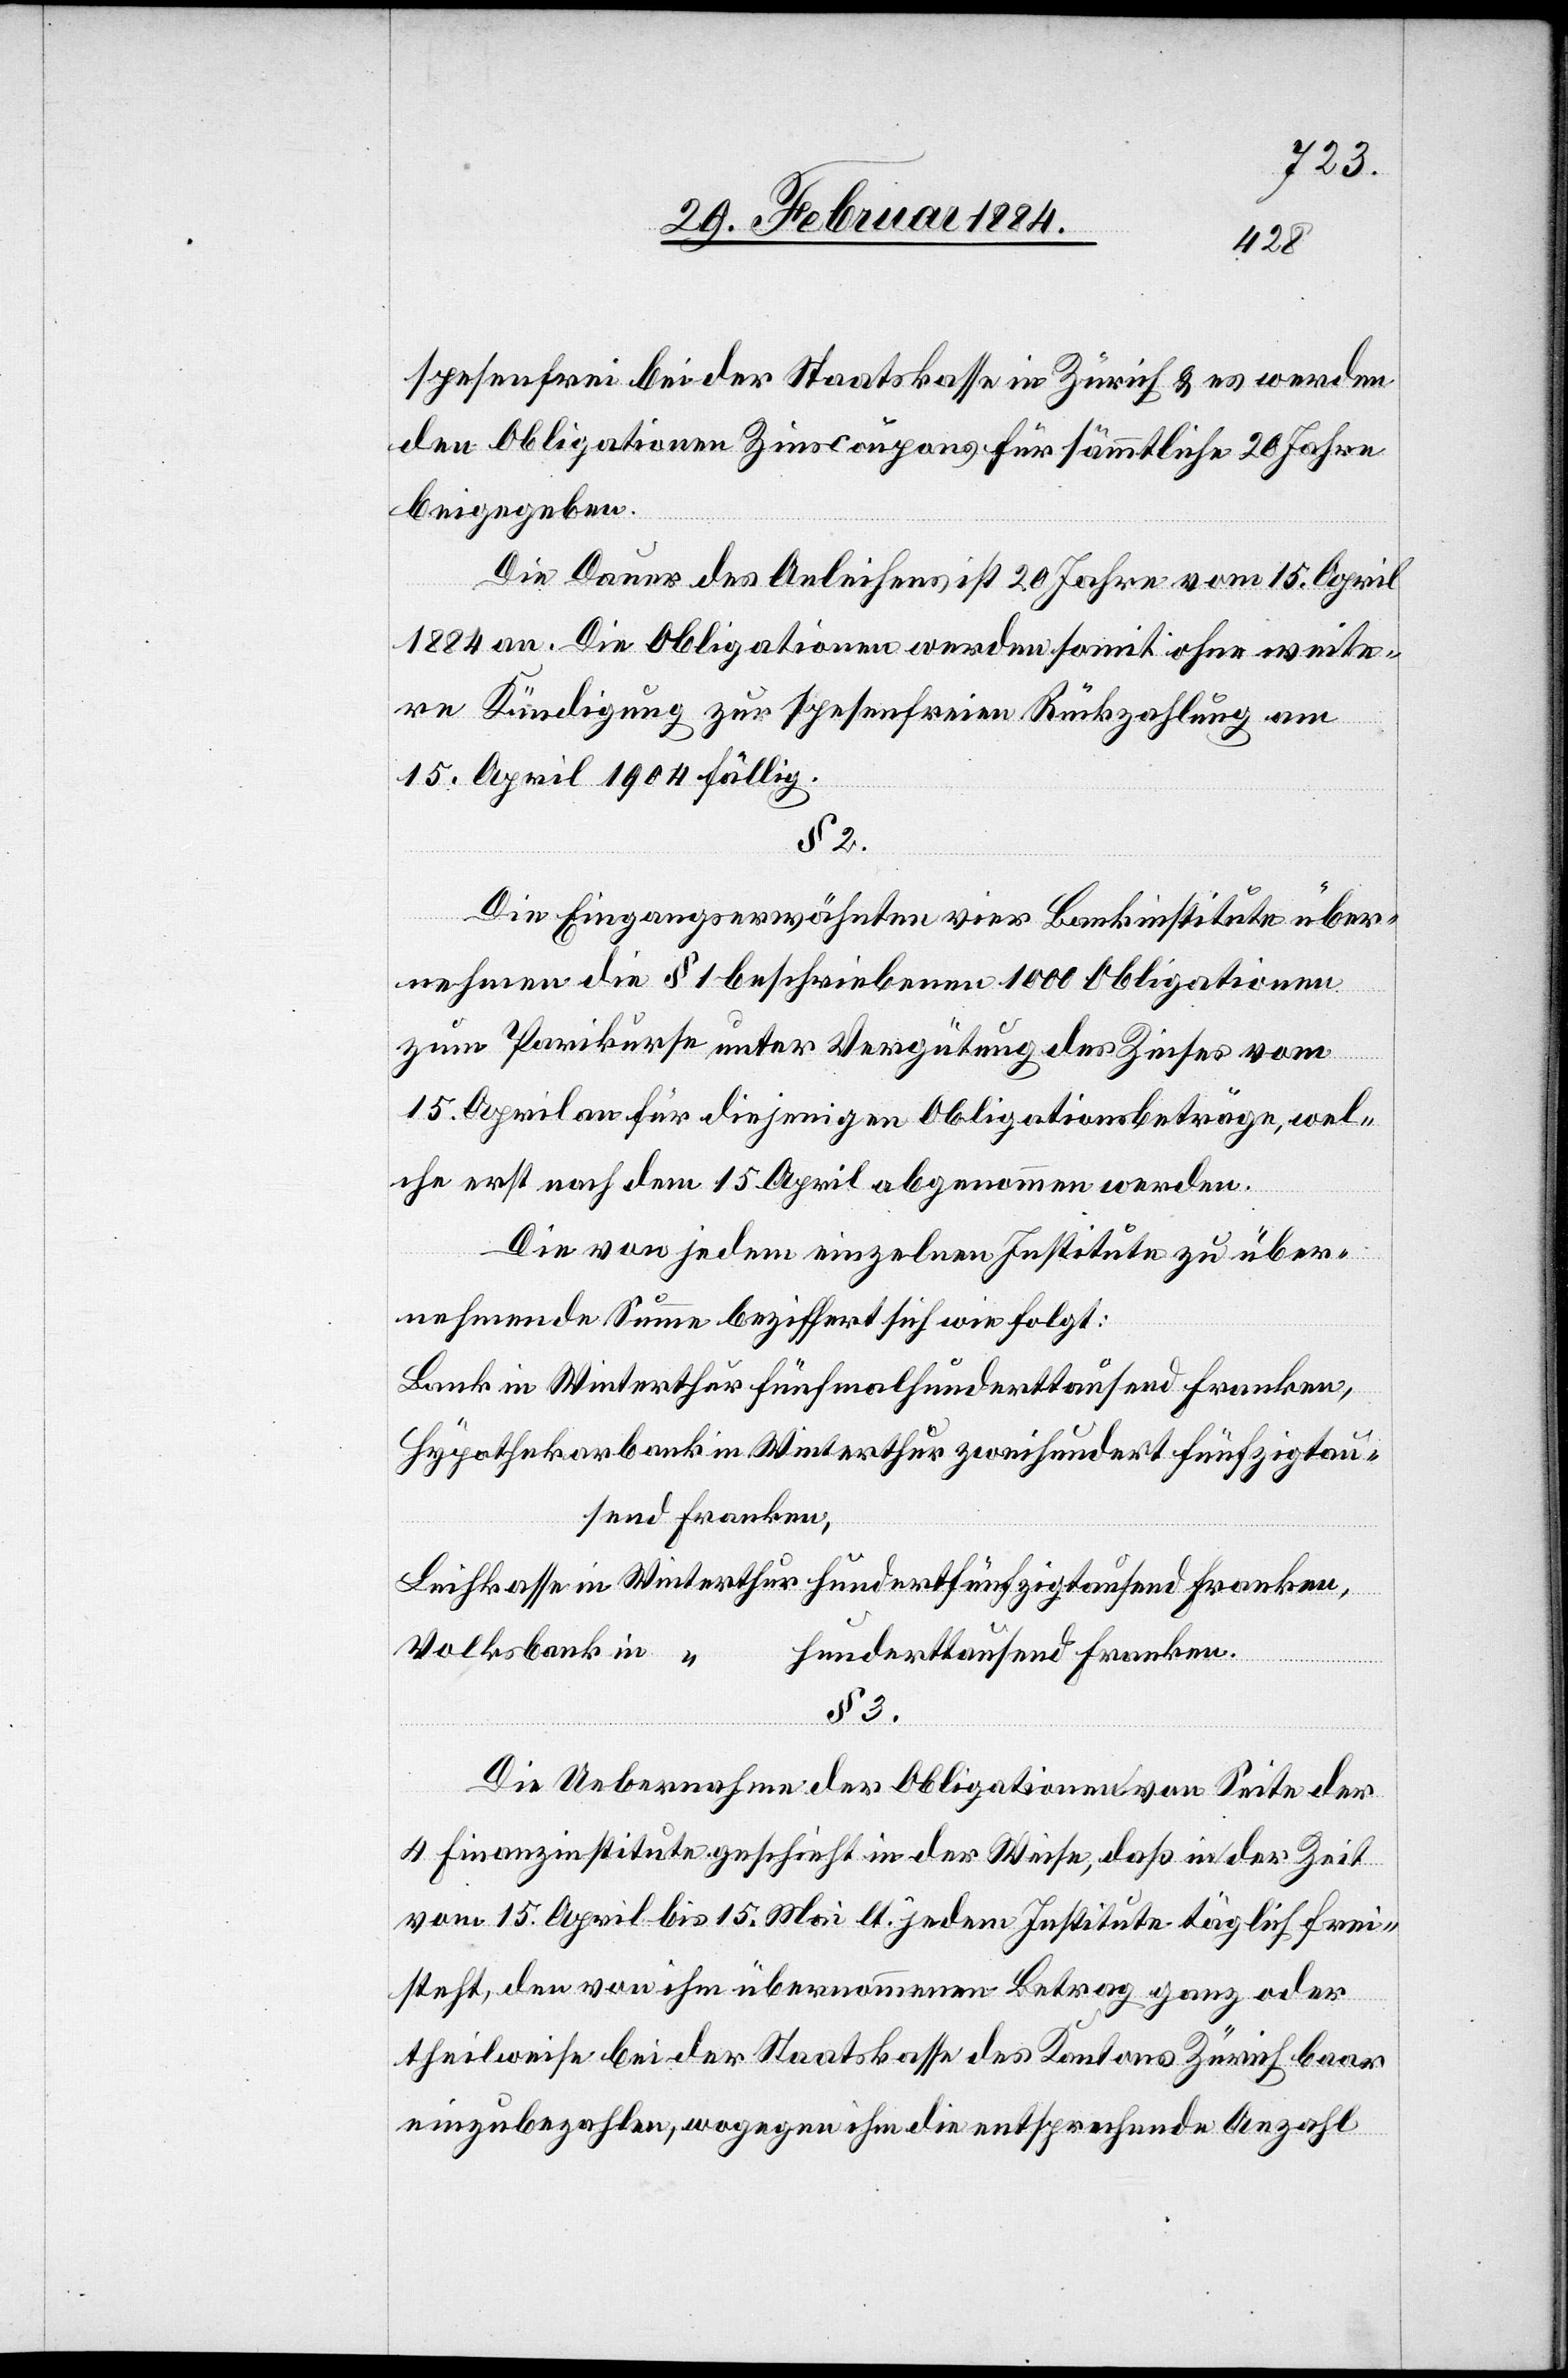
spesenfrei bei der Staatskasse in Zürich & es werden
den Obligationen Zinscoupons für sämmtliche 20 Jahre
beigegeben.
Die Dauer des Anleihens ist 20 Jahre vom 15. April
1884 an. Die Obligationen werden somit ohne weite¬
re Kündigung zur spesenfreien Rückzahlung am
15. April 1904 fällig.
§ 2.
Die Eingangserwähnten vier Bankinstitute über¬
nehmen die § 1 beschriebenen 1000 Obligationen
zum Parikurse unter Vergütung des Zinses vom
15. April an für diejenigen Obligationsbeträge, wel¬
che erst nach dem 15. April abgenommen werden.
Die von jedem einzelnen Institute zu über¬
nehmende Summe beziffert sich wie folgt:
Bank in Winterthur fünfmalhunderttausend Franken,
Hypothekarbank in Winterthur zweihundertfünfzigtau¬
send Franken,
Leihkasse in Winterthur hundertfünfzigtausend Franken,
Volksbank in “
hunderttausend Franken.
§ 3.
Die Uebernahme der Obligationen von Seite der
4 Finanzinstitute geschieht in der Weise, daß in der Zeit
vom 15. April bis 15. Mai lt. jedem Institute täglich frei¬
steht, den von ihm übernommenen Betrag ganz oder
theilweise bei der Staatskasse des Kantons Zürich baar
einzubezahlen, wogegen ihm die entsprechende Anzahl